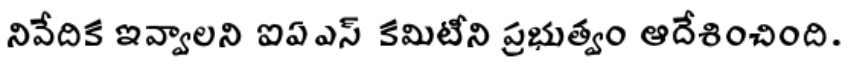
నివేదిక ఇవ్వాలని ఐఏఎస్ కమిటీని ప్రభుత్వం ఆదేశించింది.